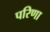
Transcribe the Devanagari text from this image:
परिणा